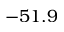
- 5 1 . 9